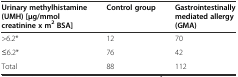
<table><thead><tr><td><b>Urinary methylhistamine (UMH) [μg/mmol creatinine x m<sup>2</sup>BSA]</b></td><td><b>Control group</b></td><td><b>Gastrointestinally mediated allergy (GMA)</b></td></tr></thead><tbody><tr><td>&gt;6.2*</td><td>12</td><td>70</td></tr><tr><td>≤6.2*</td><td>76</td><td>42</td></tr><tr><td>Total</td><td>88</td><td>112</td></tr></tbody></table>